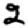
Digit: 2